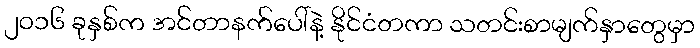
၂၀၁၆ ခုနှစ်က အင်တာနက်ပေါ်နဲ့ နိုင်ငံတကာ သတင်းစာမျက်နှာတွေမှာ